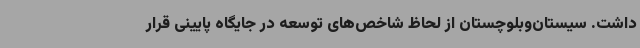
داشت. سیستان‌وبلوچستان از لحاظ شاخص‌های توسعه در جایگاه پایینی قرار